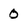
Character: 0